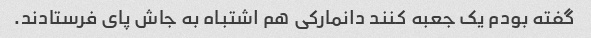
گفته بودم یک جعبه کنند دانمارکی هم اشتباه به جاش پای فرستادند.